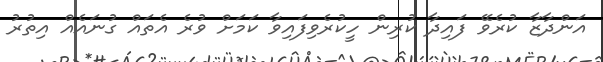
އަންދާޒާ ކުރެވޭ ފައިދާ ކުރިން ހީކުރެވިފައިވާ ކަމަށް ވުރެ އެތައް ގުނައެއް އިތުރު